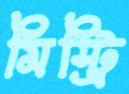
মিস্ট্রি